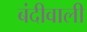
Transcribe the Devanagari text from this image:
बंदीवाली